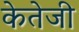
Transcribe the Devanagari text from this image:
केतेजी